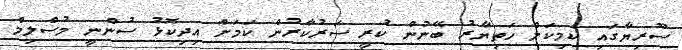
ސޫރިޔާގައި ކެމިކަލް ހަތިޔާރު ބޭނުން ކުރީ ސަރުކާރުން ކަމަށް އިދިކޮޅު ސުންނީ މުސްލިމް